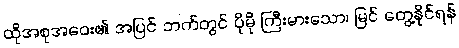
ထိုအစုအဝေး၏ အပြင် ဘက်တွင် ပိုမို ကြီးမားသော၊ မြင် တွေ့နိုင်ရန်